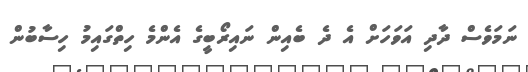
ނަމަވެސް ދާދި އަވަހަށް އެ ދެ ބެއިން ނައިރޯބީގެ އެންމެ ހިތްގައިމު ހިސާބުން